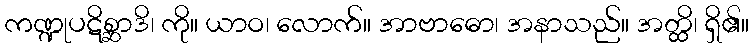
ကဏ္ဍုပဋိစ္ဆာဒိ၊ ကို။ ယာဝ၊ လောက်။ အာဗာဓော၊ အနာသည်။ အတ္ထိ၊ ရှိ၏။